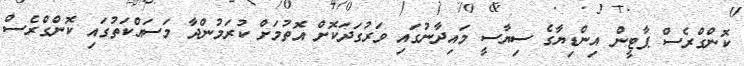
ކޮންގްރެސް ޕާޓީން އިންޑިޔާގެ ސިޔާސީ މައިދާނުގައި ވަރުގަދަކޮށް އޮތުމަށް ކުރަމުންދާ މަސައްކަތުގައި ކޮންގްރެސް